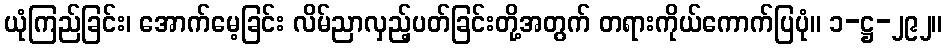
ယုံကြည်ခြင်း၊ အောက်မေ့ခြင်း လိမ်ညာလှည့်ပတ်ခြင်းတို့အတွက် တရားကိုယ်ကောက်ပြပုံ။ ၁-ဋ္ဌ-၂၉၂။